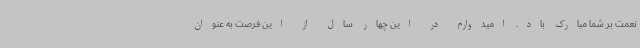
نعمت بر شما مبارک باد. امیدوارم در این چهار سال از این فرصت به عنوان